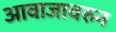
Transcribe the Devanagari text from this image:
आवाजावरुन